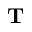
{ \bf T }